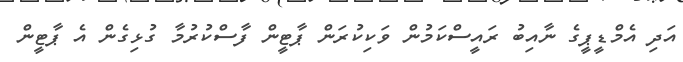
އަދި އެމްޑީޕީގެ ނާއިބު ރައީސްކަމުން ވަކިކުރަން ޕާޓީން ފާސްކުރުމާ ގުޅިގެން އެ ޕާޓީން